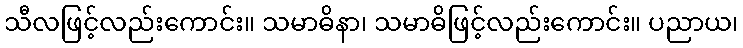
သီလဖြင့်လည်းကောင်း။ သမာဓိနာ၊ သမာဓိဖြင့်လည်းကောင်း။ ပညာယ၊